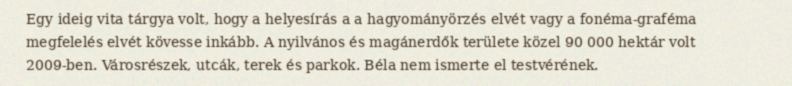
Egy ideig vita tárgya volt, hogy a helyesírás a a hagyományörzés elvét vagy a fonéma-graféma megfelelés elvét kövesse inkább. A nyilvános és magánerdők területe közel 90 000 hektár volt 2009-ben. Városrészek, utcák, terek és parkok. Béla nem ismerte el testvérének.